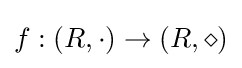
f:(R,\cdot )\rightarrow (R,\diamond )